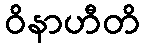
ဝိနာဟီတိ